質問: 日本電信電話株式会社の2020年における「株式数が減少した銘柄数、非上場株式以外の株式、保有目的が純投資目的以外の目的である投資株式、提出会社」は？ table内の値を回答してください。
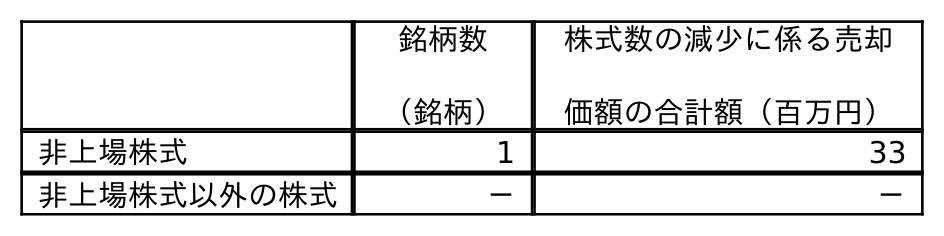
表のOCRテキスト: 銘柄数 （銘柄） 株式数の減少に係る売却 価額の合計額（百万円） 非上場株式 1 33 非上場株式以外の株式 － －
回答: －